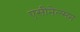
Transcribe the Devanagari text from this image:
एसीनेल्सन